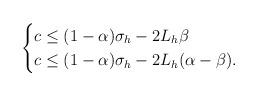
LaTeX: \begin{align*}\begin{cases}c{}\leq{}(1-\alpha)\sigma_h{}-{}2L_h\beta\\c{}\leq{}(1-\alpha)\sigma_h{}-{}2L_h(\alpha-\beta).\end{cases}\end{align*}